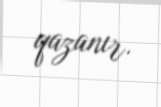
qazanır.